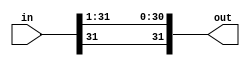
module one_bit_sra(in, out);
	input [ 31 : 0 ] in; 
	output [ 31 : 0 ] out;
	
	genvar i; 
	generate 
		for(i = 0; i<31;  i=i+1) begin : loop2
			assign out[i] = in[i+1]; 
		end
	endgenerate	
	
	assign out[31] = in[31]; 

	
	
	
	
	
endmodule